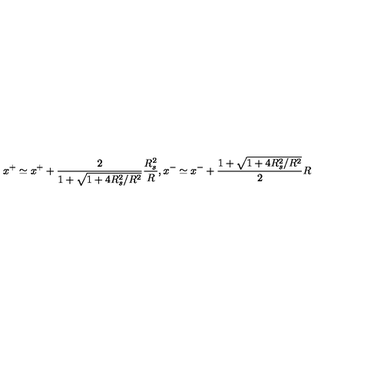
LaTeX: x ^ { + } \simeq x ^ { + } + \frac { 2 } { 1 + \sqrt { 1 + 4 R _ { s } ^ { 2 } / R ^ { 2 } } } \frac { R _ { s } ^ { 2 } } { R } , x ^ { - } \simeq x ^ { - } + \frac { 1 + \sqrt { 1 + 4 R _ { s } ^ { 2 } / R ^ { 2 } } } { 2 } R